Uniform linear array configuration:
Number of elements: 32
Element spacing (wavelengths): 0.25
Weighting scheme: uniform
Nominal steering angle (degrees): -30
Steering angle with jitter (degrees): -29.293
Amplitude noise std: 0.05
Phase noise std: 0.05

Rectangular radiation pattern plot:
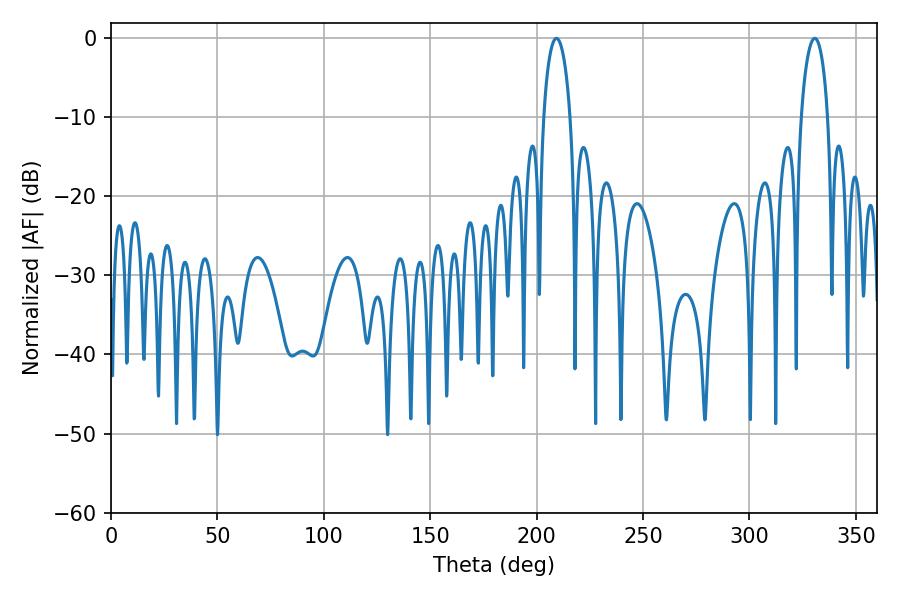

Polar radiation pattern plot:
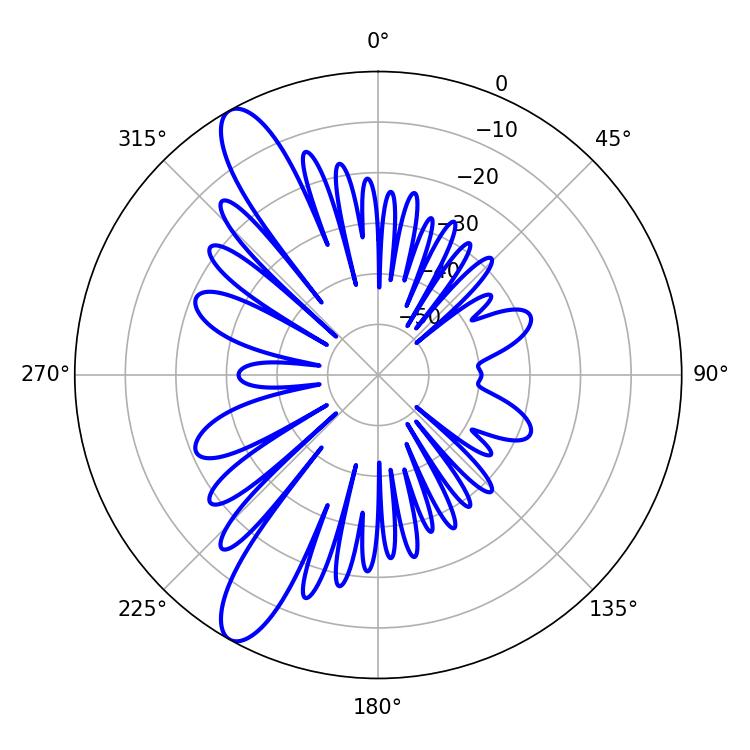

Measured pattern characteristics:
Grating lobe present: FALSE
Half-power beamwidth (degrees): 7.2
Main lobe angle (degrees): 209.34